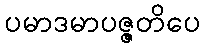
ပမာဒမာပဇ္ဇတိပေ